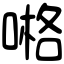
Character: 𠺝